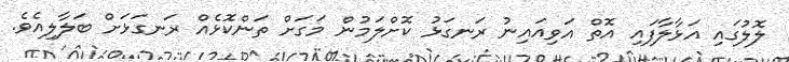
ލޮލުގައި އަޅާލާފައި އޮތް އަވިއައިނު ރަނގަޅު ކޮށްލަމުން މަގަށް ތަންކޮޅެއް ރަނގަޅަށް ބަލާލިއެވެ.